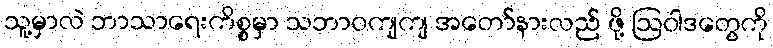
သူ့မှာလဲ ဘာသာရေးကိစ္စမှာ သဘာဝကျကျ အတော်နားလည် ဖို့ ဩဝါဒတွေကို